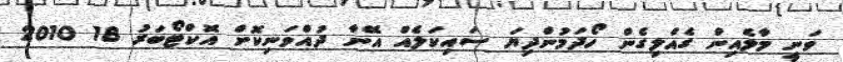
ވަނީ މާލެއިން ގެއްލިގެން ހޯދަމުންދިޔަ ސައިކަލެއް އޭނާ ދުއްވަނިކޮށް އޮކްޓޯބަރު 18 2010